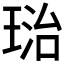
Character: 𤦮